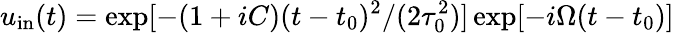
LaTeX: u_{\mathrm{in}}(t)=\exp[-(1+iC)(t-t_{0})^{2}/(2\tau_{0}^{2})]\exp[-i\Omega(t-t_{0})]